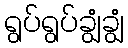
ရွပ်ရွပ်ချွံချွံ